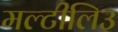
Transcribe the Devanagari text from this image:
मल्टीलिउ